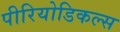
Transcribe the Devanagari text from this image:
पीरियोडिकल्स